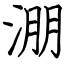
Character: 淜